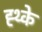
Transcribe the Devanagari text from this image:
ह्थ्के